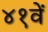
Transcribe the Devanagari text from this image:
४१वें